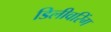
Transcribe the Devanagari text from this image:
डिलीवरिंग